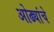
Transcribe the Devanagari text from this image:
ओढ्यांचे